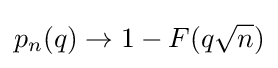
p_{n}(q)\to 1-F({q{\sqrt {n}}})